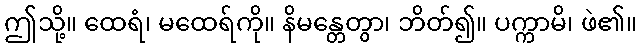
ဤသို့။ ထေရံ၊ မထေရ်ကို။ နိမန္တေတွာ၊ ဘိတ်၍။ ပက္ကာမိ၊ ဖဲ၏။